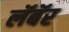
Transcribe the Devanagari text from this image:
लॅबॅर